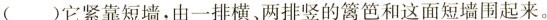
( )它紧靠短墙，由一排横、两排竖的篱笆和这面短墙围起来。